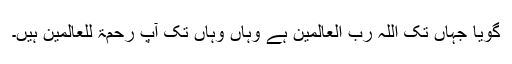
گویا جہاں تک اللہ رب العالمین ہے وہاں وہاں تک آپؐ رحمۃ للعالمین ہیں۔